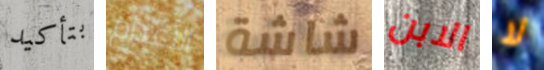
بتأكيد الأعدام شاشة الابن لا